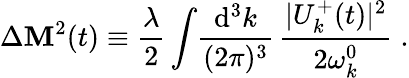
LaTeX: \Delta{\cal\mathbf{M}}^{2}(t)\equiv\frac{{\lambda}}{{2}}\int\! \frac{{\mathrm{{d^{3}}}k}}{{(2\pi)^{3}}}\, \frac{{|U_{k}^{+}(t)|^{2}}}{{2\omega_{k}^{0}}}\; .